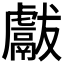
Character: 𱿖